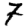
Digit: 7